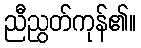
ညီညွတ်ကုန်၏။